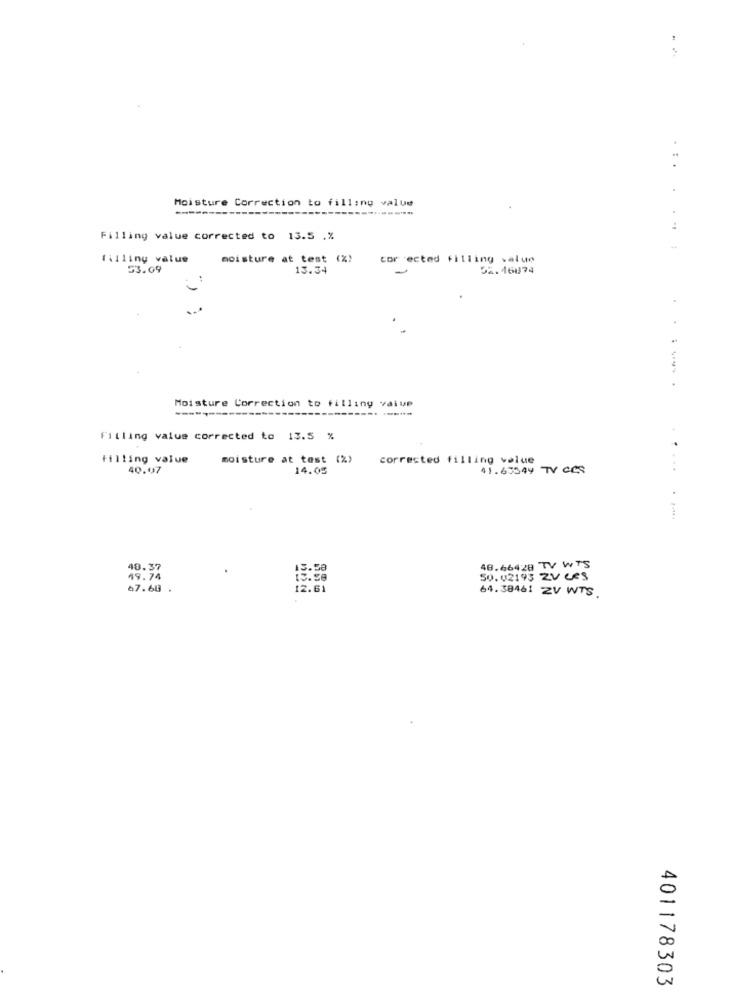
Moisture Correction to filling value
------
Filling value corrected to 13.5 .%
filling value
moisture at test (%)
cor ected filling value
53.09
13.34
32.46874
...-.
Moisture Correction to filling value
---------
Filling value corrected to 13.5 %
tilling value
moisture at test (%)
corrected filling value
40.97
14.05
41.63549 TV CCS
.. .... ......
48.37
15.50
48.66428 TV WTS
49.74
15.58
50.02195 2V Les
67.68 .
12.61
64.38461 2V WTS.
401178303